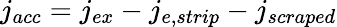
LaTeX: j_{acc}=j_{ex}-j_{e,strip}-j_{scraped}